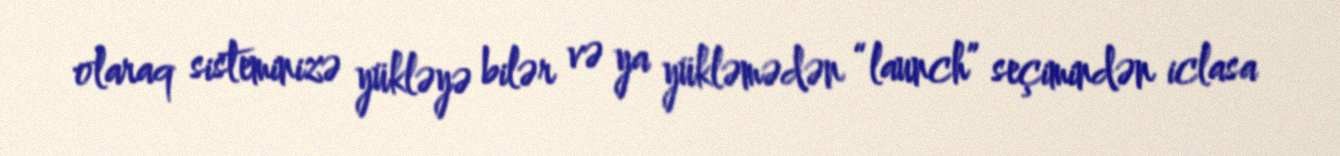
olaraq sisteminizə yükləyə bilər və ya yükləmədən “launch” seçimindən iclasa